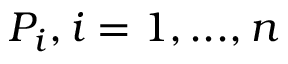
P _ { i } , i = 1 , . . . , n